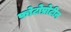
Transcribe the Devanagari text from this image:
फ़ोटोप्रोटीन